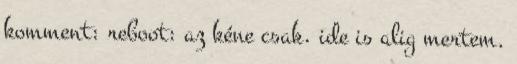
komment: reboot: az kéne csak. ide is alig mertem.